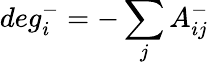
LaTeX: deg_{i}^{-}=-\sum_{j}A_{ij}^{-}